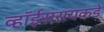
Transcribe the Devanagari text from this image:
व्हॉईसरायकडे